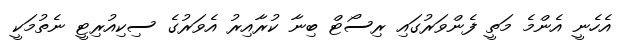
އެހެނީ އެންމެ މަތީ ފެންވަރުގައި ރިސޯޓް ބިނާ ކުރާއިރު އެވަރުގެ ސިކިއުރިޓީ ނެތުމަކީ